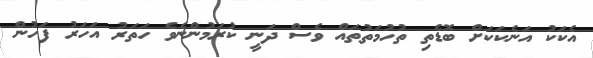
އެކަކު އަނެކަކަށް ބޮޑެތި ތުހުމަތުތައް ވެސް ދަނީ ކުރަމުންނެވެ ހަތަރު އަހަރު ފަހުން